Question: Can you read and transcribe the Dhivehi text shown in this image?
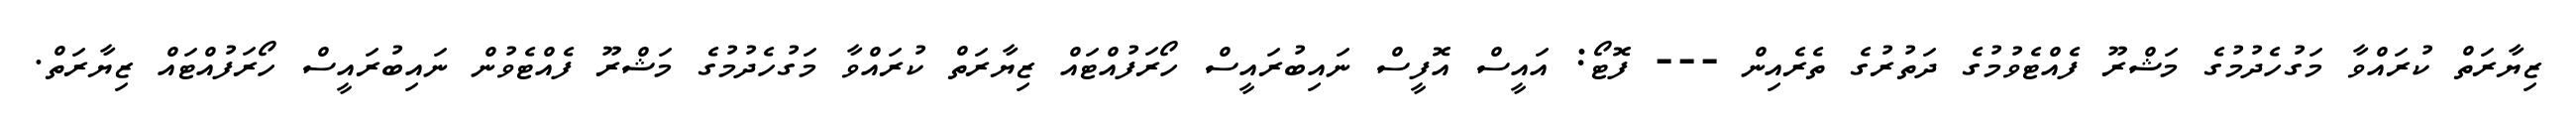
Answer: ޒިޔާރަތް ކުރައްވާ މަގުހެދުމުގެ މަޝްރޫ ފެއްޓެވުމުގެ ދަތުރުގެ ތެރެއިން --- ފޮޓޯ: އައީސް އޮފީސް ނައިބުރައީސް ހޯރަފުއްޓައް ޒިޔާރަތް ކުރައްވާ މަގުހެދުމުގެ މަޝްރޫ ފެއްޓެވުން ނައިބުރައީސް ހޯރަފުއްޓައް ޒިޔާރަތް.